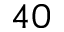
4 0